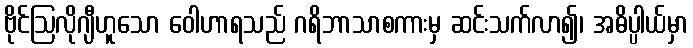
ဗိုင်ဩလိုဂျီဟူသော ဝေါဟာရသည် ဂရိဘာသာစကားမှ ဆင်းသက်လာ၍၊ အဓိပ္ပါယ်မှာ